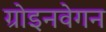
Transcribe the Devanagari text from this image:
ग्रोइनवेगन